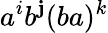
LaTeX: a^{i}b^{\mathbf{j}}(ba)^{k}